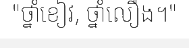
"ថ្នាំខៀវ, ថ្នាំលឿង។"